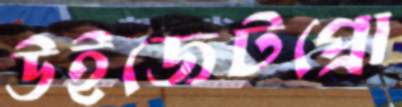
উইজেটপ্রো